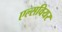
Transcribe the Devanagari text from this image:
एल्सवियर